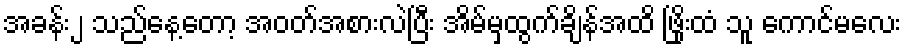
အခန်း၂ သည်နေ့တော့ အဝတ်အစားလဲပြီး အိမ်မှထွက်ချိန်အထိ ဖြိုးထံ သူ ကောင်မလေး